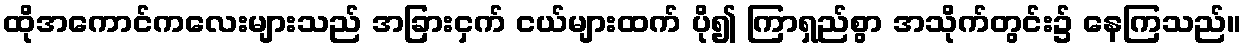
ထိုအကောင်ကလေးများသည် အခြားငှက် ငယ်များထက် ပို၍ ကြာရှည်စွာ အသိုက်တွင်း၌ နေကြသည်။